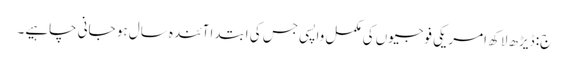
ج: ڈیڑھ لاکھ امریکی فوجیوں کی مکمل واپسی جس کی ابتدا آئندہ سال ہو جانی چاہیے۔